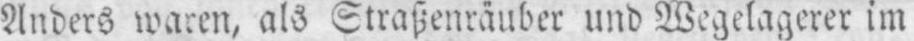
Anders waren, als Straßenräuber und Wegelagerer im